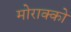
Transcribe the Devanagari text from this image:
मोराक्को